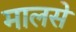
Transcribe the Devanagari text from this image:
मालसे